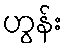
ဟွန်း